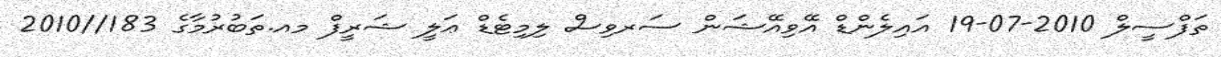
ތަފްސީލް 2010-07-19 އައިލެންޑް އޭވިއޭޝަން ސަރވިސް ލިމިޓެޑް ޢަލީ ޝަރީފް މއ.ތަބުރުމާގެ 183//2010